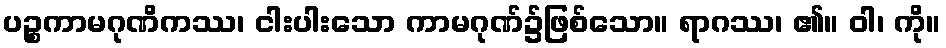
ပဉ္စကာမဂုဏိကဿ၊ ငါးပါးသော ကာမဂုဏ်၌ဖြစ်သော။ ရာဂဿ၊ ၏။ ဝါ၊ ကို။